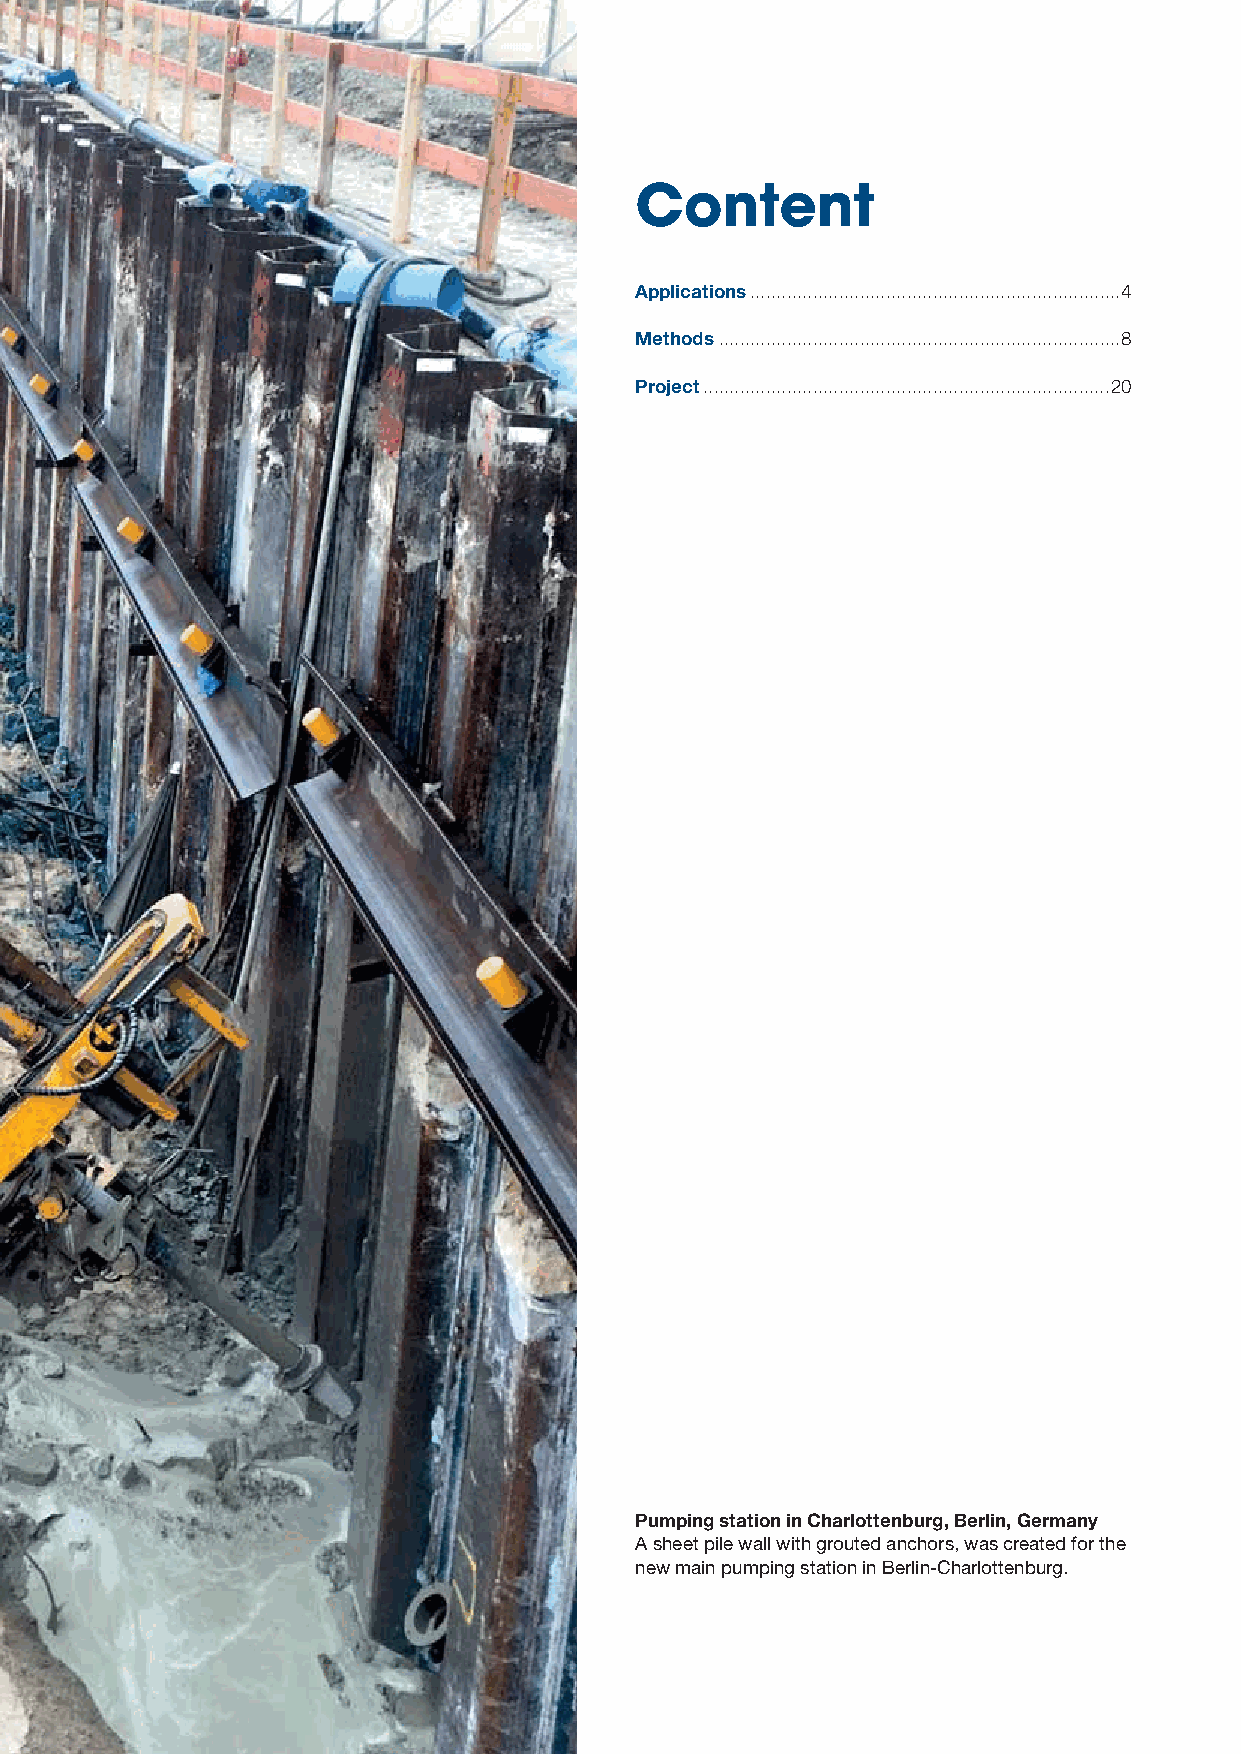
Content
 Applications .......................................................................4
 Methods .............................................................................8
 Project ..............................................................................20
 Pumping station in Charlottenburg, Berlin, Germany
 A sheet pile wall with grouted anchors, was created for the
 new main pumping station in Berlin-Charlottenburg.